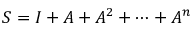
S = I + A + A ^ { 2 } + \cdots + A ^ { n }